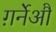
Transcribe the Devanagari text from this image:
ग़र्नेऔ